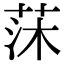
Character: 莯